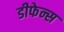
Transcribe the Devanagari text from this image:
डीफेन्स